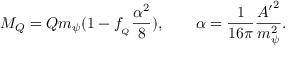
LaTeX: M _ { Q } = Q m _ { \psi } ( 1 - f _ { _ Q } \frac { \alpha ^ { 2 } } { 8 } ) , \qquad \alpha = \frac { 1 } { 1 6 \pi } \frac { { A ^ { \prime } } ^ { 2 } } { m _ { \psi } ^ { 2 } } .